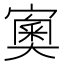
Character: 𡪿